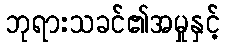
ဘုရားသခင်၏အမှုနှင့်